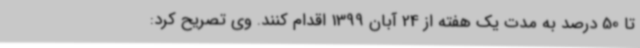
تا 50 درصد به مدت یک هفته از 24 آبان 1399 اقدام کنند. وی تصریح کرد: